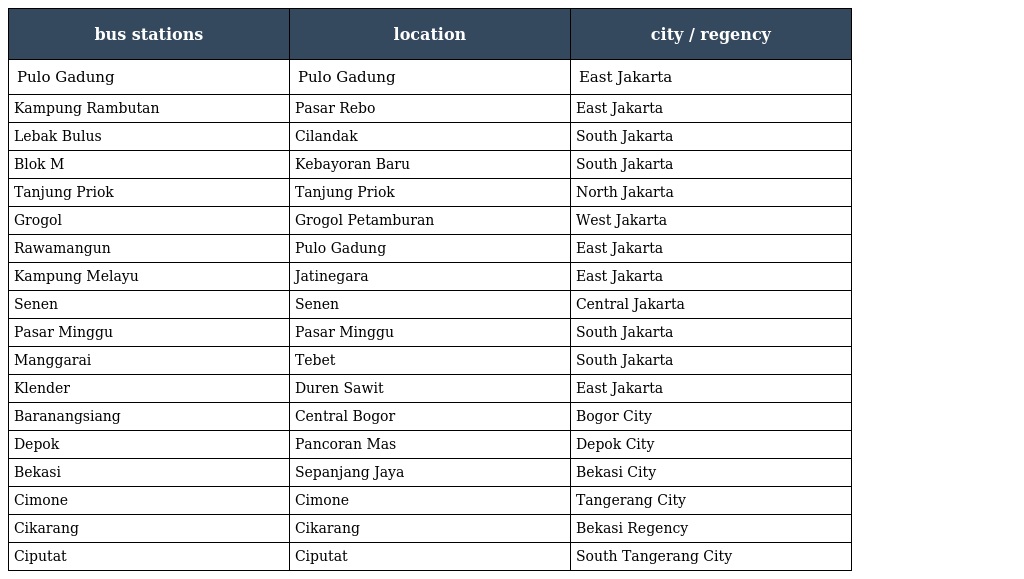
| bus stations | location | city / regency |
 | --- | --- | --- |
 | Pulo Gadung | Pulo Gadung | East Jakarta |
 | Kampung Rambutan | Pasar Rebo | East Jakarta |
 | Lebak Bulus | Cilandak | South Jakarta |
 | Blok M | Kebayoran Baru | South Jakarta |
 | Tanjung Priok | Tanjung Priok | North Jakarta |
 | Grogol | Grogol Petamburan | West Jakarta |
 | Rawamangun | Pulo Gadung | East Jakarta |
 | Kampung Melayu | Jatinegara | East Jakarta |
 | Senen | Senen | Central Jakarta |
 | Pasar Minggu | Pasar Minggu | South Jakarta |
 | Manggarai | Tebet | South Jakarta |
 | Klender | Duren Sawit | East Jakarta |
 | Baranangsiang | Central Bogor | Bogor City |
 | Depok | Pancoran Mas | Depok City |
 | Bekasi | Sepanjang Jaya | Bekasi City |
 | Cimone | Cimone | Tangerang City |
 | Cikarang | Cikarang | Bekasi Regency |
 | Ciputat | Ciputat | South Tangerang City |